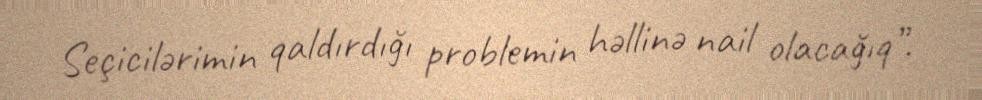
Seçicilərimin qaldırdığı problemin həllinə nail olacağıq”.